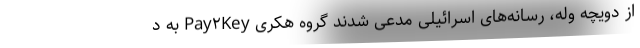
از دویچه وله، رسانه‌های اسرائیلی مدعی شدند گروه هکری Pay۲Key به د